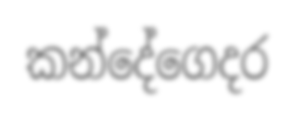
කන්දේගෙදර